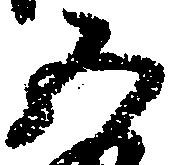
五